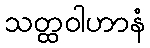
သတ္ထဝါဟာနံ